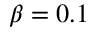
\beta = 0 . 1